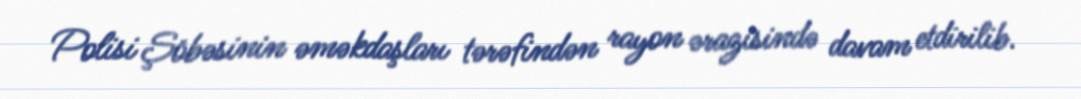
Polisi Şöbəsinin əməkdaşları tərəfindən rayon ərazisində davam etdirilib.